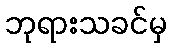
ဘုရားသခင်မှ